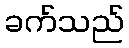
ခက်သည်